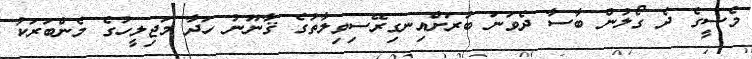
މެސީގެ ދެ ގޯލުން ބާސާ ދެވަނަ ބުރަށްއިނގިރޭސިވިލާތުގެ ޤާނޫނު ހަދާ މަޖިލީހުގެ މެންބަރަކު